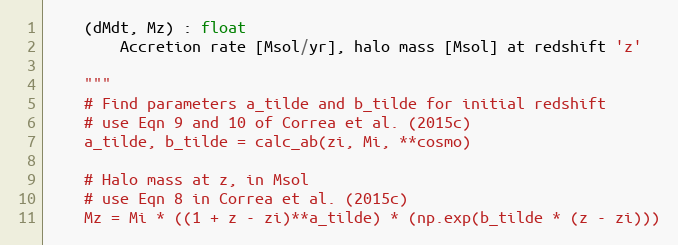
Language: Python
    (dMdt, Mz) : float
        Accretion rate [Msol/yr], halo mass [Msol] at redshift 'z'

    """
    # Find parameters a_tilde and b_tilde for initial redshift
    # use Eqn 9 and 10 of Correa et al. (2015c)
    a_tilde, b_tilde = calc_ab(zi, Mi, **cosmo)

    # Halo mass at z, in Msol
    # use Eqn 8 in Correa et al. (2015c)
    Mz = Mi * ((1 + z - zi)**a_tilde) * (np.exp(b_tilde * (z - zi)))